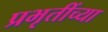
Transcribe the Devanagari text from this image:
प्रभृतींच्या